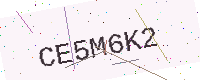
Text: CE5M6K2